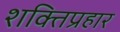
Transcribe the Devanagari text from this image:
शक्तिप्रहार